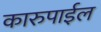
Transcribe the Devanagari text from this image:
कारुपाईल